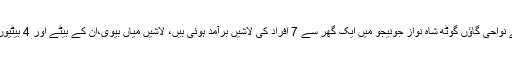
پولیس کے مطابق حیدرآباد کے نواحی گاؤں گوٹھ شاہ نواز جونیجو میں ایک گھر سے 7 افراد کی لاشیں برآمد ہوئی ہیں، لاشیں میاں بیوی،ان کے بیٹے اور 4 بیٹیوں کی ہیں جو 2 روز پرانی ہیں۔